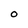
Character: O